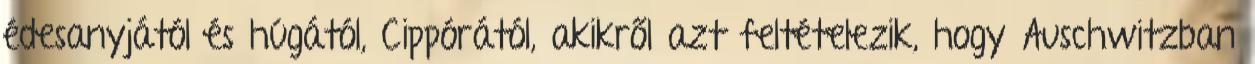
édesanyjától és húgától, Cippórától, akikről azt feltételezik, hogy Auschwitzban